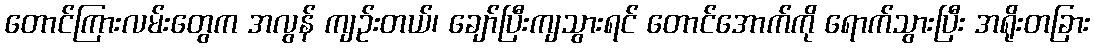
တောင်ကြားလမ်းတွေက အလွန် ကျဉ်းတယ်၊ ချော်ပြီးကျသွားရင် တောင်အောက်ကို ရောက်သွားပြီး အရိုးတခြား